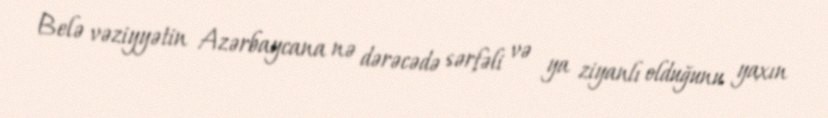
Belə vəziyyətin Azərbaycana nə dərəcədə sərfəli və ya ziyanlı olduğunu yaxın